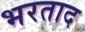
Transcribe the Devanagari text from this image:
भरताद